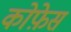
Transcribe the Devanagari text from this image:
कोफ़ेस